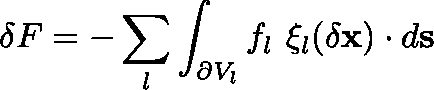
\delta F = - \sum _ { l } \int _ { \partial V _ { l } } f _ { l } \ \mathbf { \xi } _ { l } ( \delta \mathbf { x } ) \cdot d \mathbf { s }